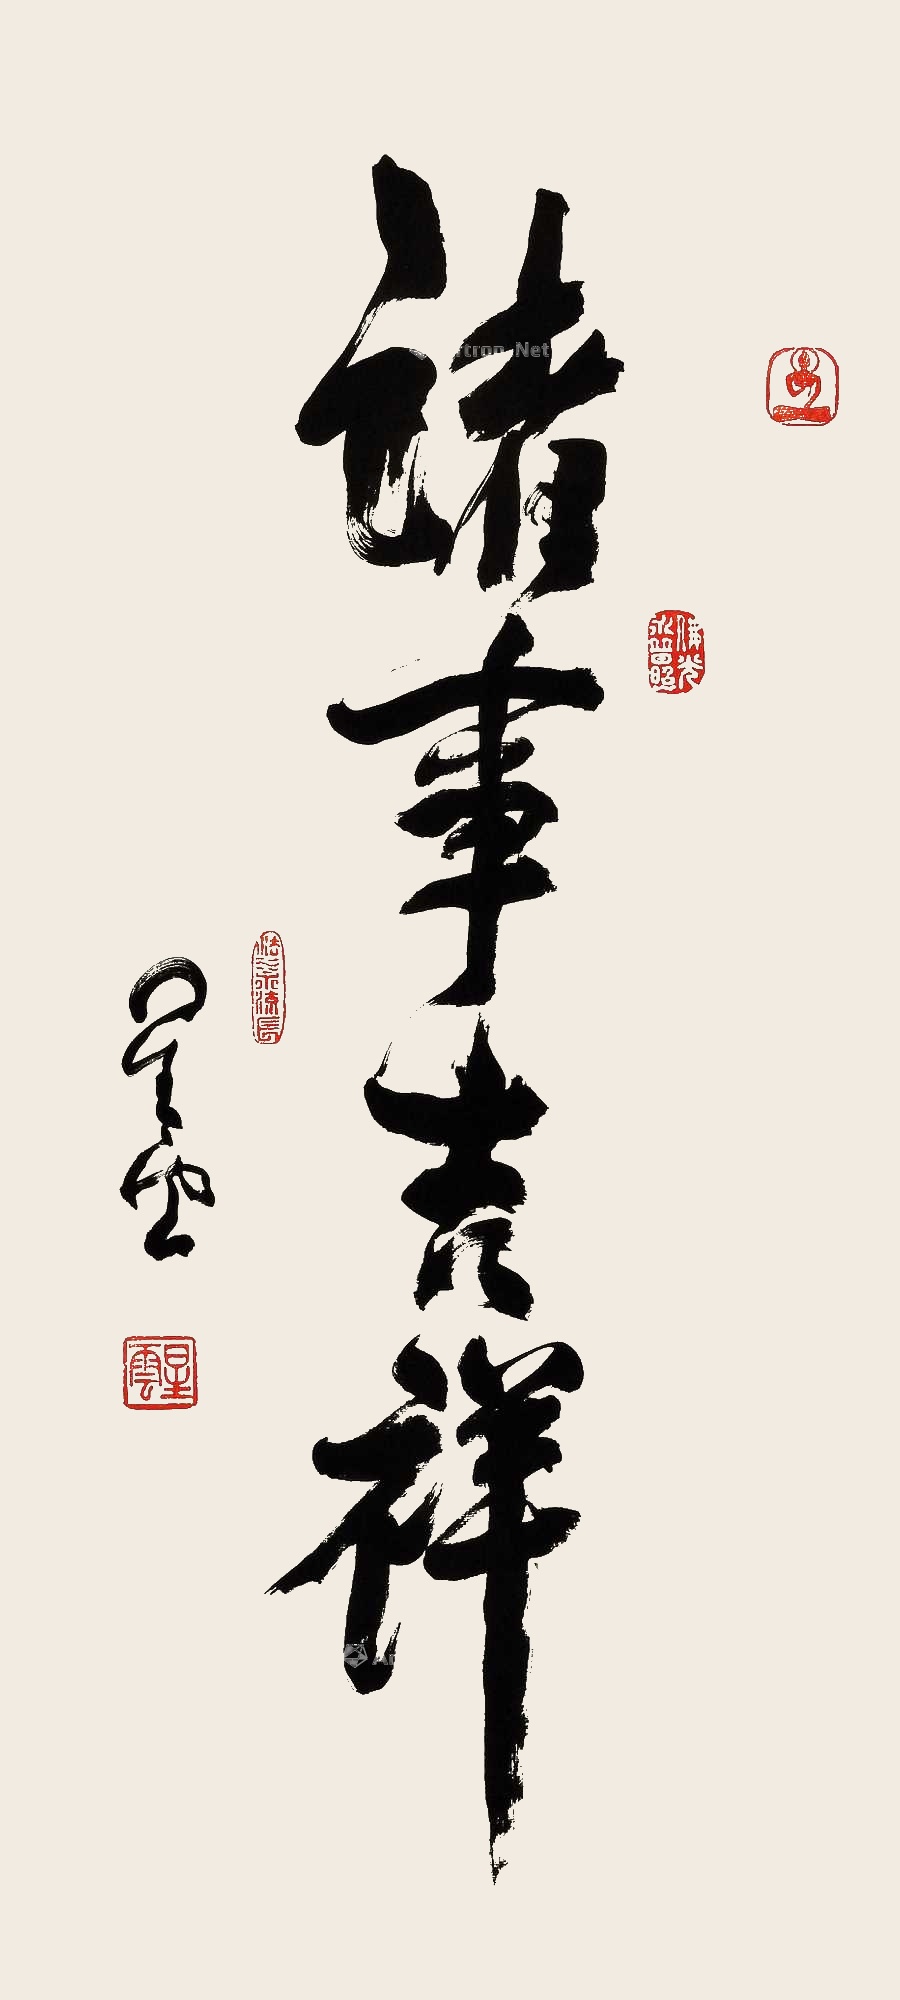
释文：诸事吉祥星云